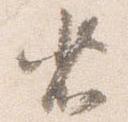
省